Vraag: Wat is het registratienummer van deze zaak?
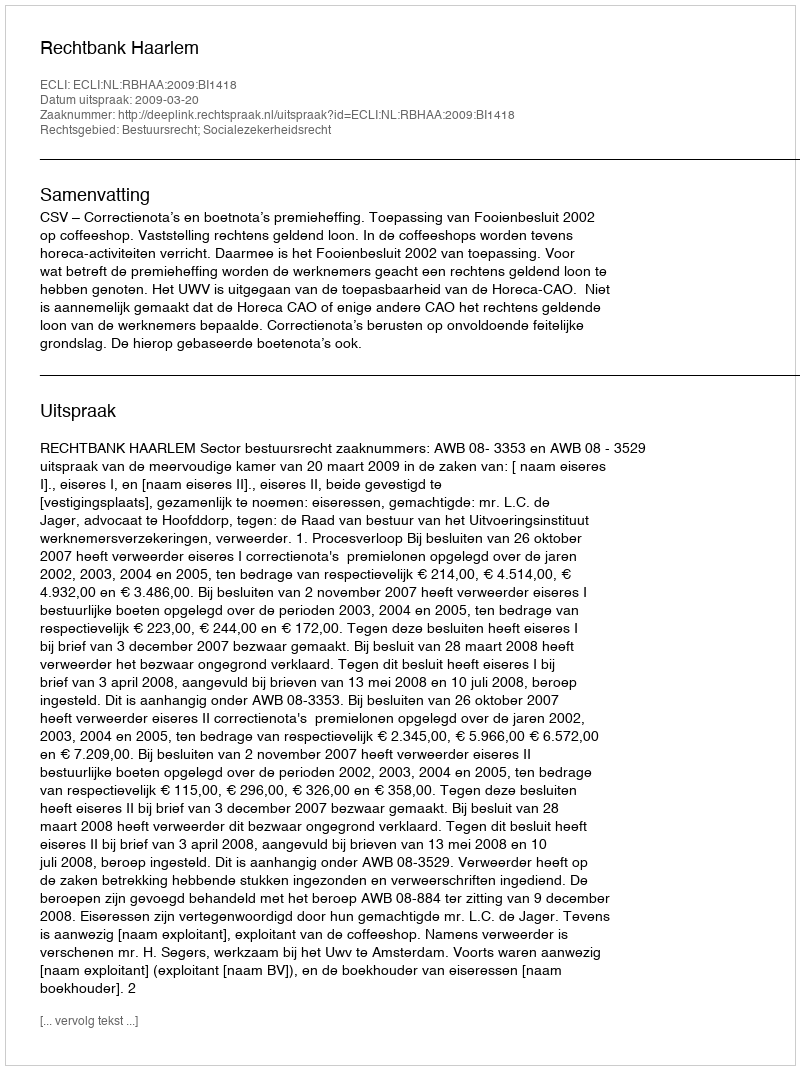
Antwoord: http://deeplink.rechtspraak.nl/uitspraak?id=ECLI:NL:RBHAA:2009:BI1418